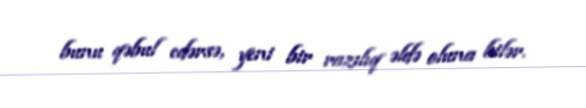
bunu qəbul edərsə, yeni bir razılıq əldə oluna bilər.